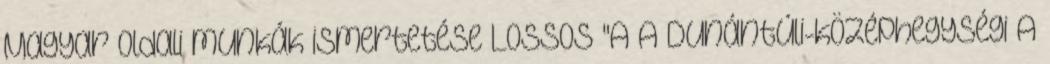
Magyar oldali munkák ismertetése Lossos "A A Dunántúli-középhegységi A